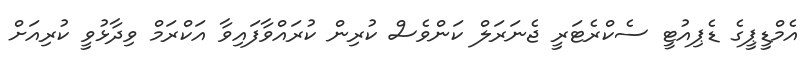
އެމްޑީޕީގެ ޑެޕިއުޓީ ސެކްރެޓަރީ ޖެނަރަލް ކަންވެސް ކުރިން ކުރައްވާފައިވާ އަކްރަމް ވިދާޅުވީ ކުރިއަށް